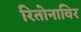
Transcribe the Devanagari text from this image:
रितोनाविर